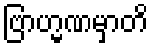
ဗြာဟ္မဏမှာတိ